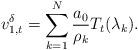
LaTeX: \begin{align*}v^\delta_{1,t}=\sum_{k=1}^N\frac{a_0}{\rho_k}T_t(\lambda_k).\end{align*}